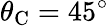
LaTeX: \theta_{\mathrm{C}}=45^{\circ}